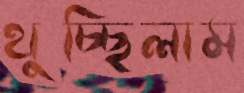
থুচ্ছিলাম